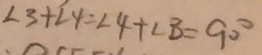
\angle 3 + \angle 4 = \angle 4 + \angle B = 9 0 ^ { \circ }